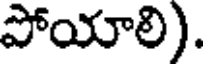
పోయాలి).